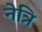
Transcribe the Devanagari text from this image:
नेत्रि